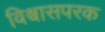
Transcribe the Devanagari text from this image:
विश्वासपरक